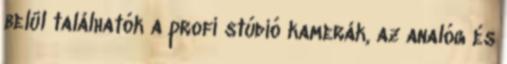
belül találhatók a profi stúdió kamerák, az analóg és